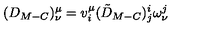
( D _ { M - C } ) _ { \nu } ^ { \mu } = v _ { i } ^ { \mu } ( \tilde { D } _ { M - C } ) _ { j } ^ { i } \omega _ { \nu } ^ { j }